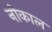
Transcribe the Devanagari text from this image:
नीकाल